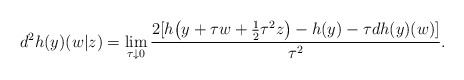
\begin{align*} d^2h(y)(w|z)=\lim_{\tau\downarrow 0}\frac{2[h\big(y+\tau w+\frac{1}{2}\tau^2 z\big)-h(y)-\tau dh(y)(w)]}{\tau^2}. \end{align*}